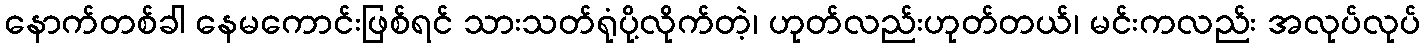
နောက်တစ်ခါ နေမကောင်းဖြစ်ရင် သားသတ်ရုံပို့လိုက်တဲ့၊ ဟုတ်လည်းဟုတ်တယ်၊ မင်းကလည်း အလုပ်လုပ်